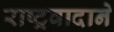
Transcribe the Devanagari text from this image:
राष्ट्रवादाने